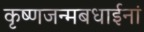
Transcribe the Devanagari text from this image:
कृष्णजन्मबधाईनां